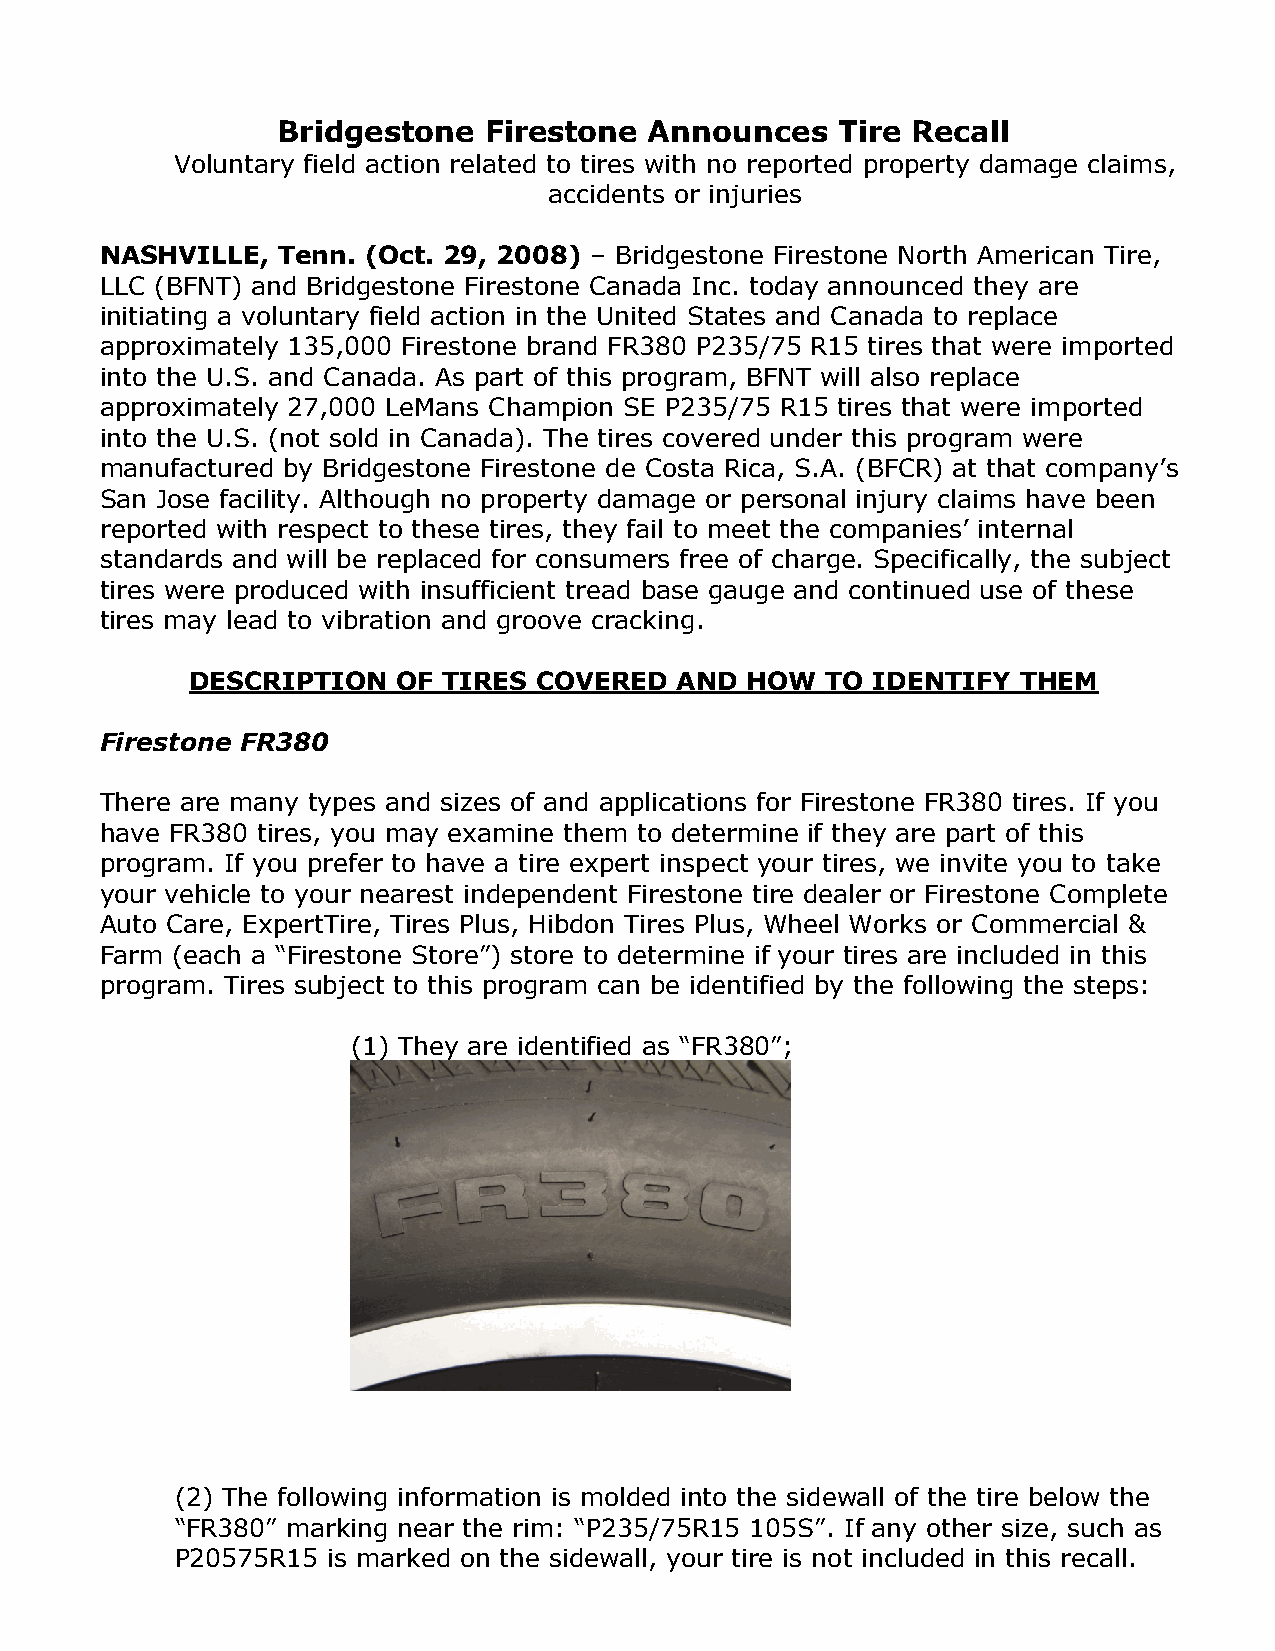
Bridgestone   Firestone  Announces   Tire Recall
 Voluntary field action related to tires with no reported property damage claims,
 accidents or injuries
 NASHVILLE, Tenn. (Oct. 29, 2008) – Bridgestone Firestone North American Tire,
 LLC (BFNT) and Bridgestone Firestone Canada Inc. today announced they are
 initiating a voluntary field action in the United States and Canada to replace
 approximately 135,000 Firestone brand FR380 P235/75 R15 tires that were imported
 into the U.S. and Canada. As part of this program, BFNT will also replace
 approximately 27,000 LeMans Champion SE P235/75 R15 tires that were imported
 into the U.S. (not sold in Canada). The tires covered under this program were
 manufactured by Bridgestone Firestone de Costa Rica, S.A. (BFCR) at that company’s
 San Jose facility. Although no property damage or personal injury claims have been
 reported with respect to these tires, they fail to meet the companies’ internal
 standards and will be replaced for consumers free of charge. Specifically, the subject
 tires were produced with insufficient tread base gauge and continued use of these
 tires may lead to vibration and groove cracking.
 DESCRIPTION  OF TIRES COVERED   AND HOW   TO IDENTIFY THEM
 Firestone FR380
 There are many types and sizes of and applications for Firestone FR380 tires. If you
 have FR380 tires, you may examine them to determine if they are part of this
 program. If you prefer to have a tire expert inspect your tires, we invite you to take
 your vehicle to your nearest independent Firestone tire dealer or Firestone Complete
 Auto Care, ExpertTire, Tires Plus, Hibdon Tires Plus, Wheel Works or Commercial &
 Farm (each a “Firestone Store”) store to determine if your tires are included in this
 program. Tires subject to this program can be identified by the following the steps:
 (1) They are identified as “FR380”;
 (2) The following information is molded into the sidewall of the tire below the
 “FR380” marking near the rim: “P235/75R15 105S”. If any other size, such as
 P20575R15 is marked on the sidewall, your tire is not included in this recall.